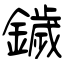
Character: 鐬